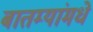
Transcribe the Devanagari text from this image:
बातम्यांमधे